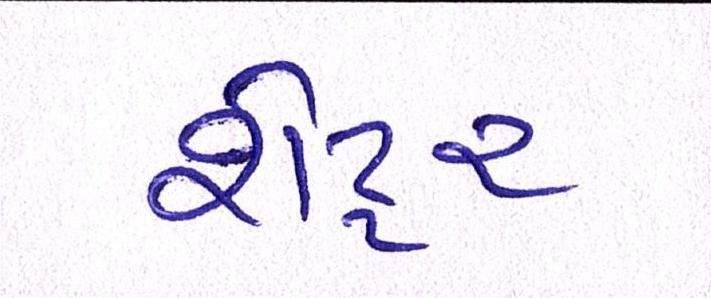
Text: શેટ્ટર